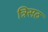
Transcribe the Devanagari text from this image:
त्रिसठ